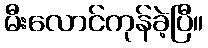
မီးလောင်ကုန်ခဲ့ပြီ။